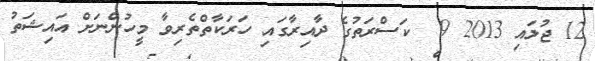
12 ޖުލައި 2013 9  ކަސްރަތުގެ ދާއިރާގައި ހަރަކާތްތެރިވާ މީހުންނަށް އައިޝަތު